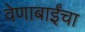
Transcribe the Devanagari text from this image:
वेणाबाईंचा